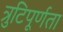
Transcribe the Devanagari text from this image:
त्रुटिपूर्णता